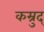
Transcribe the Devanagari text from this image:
कम्रुद्